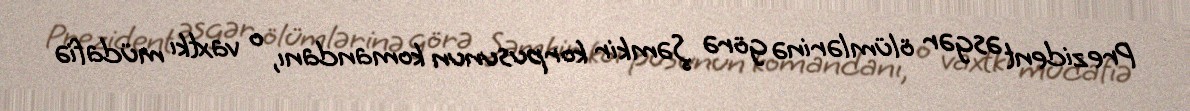
Prezident əsgər ölümlərinə görə Şəmkir korpusunun komandanı, o vaxtkı müdafiə